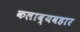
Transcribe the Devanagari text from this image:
कलाव्यवहार